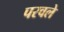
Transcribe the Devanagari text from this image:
परवले